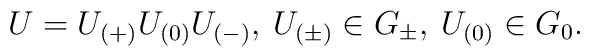
U= U_{(+)} U_{(0)} U_{(-)},\>  U_{(\pm)}\in G_\pm,\>U_{(0)}\in  G_0.